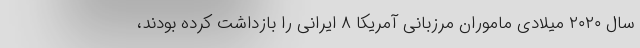
سال ۲۰۲۰ میلادی ماموران مرزبانی آمریکا ۸ ایرانی را بازداشت کرده بودند،